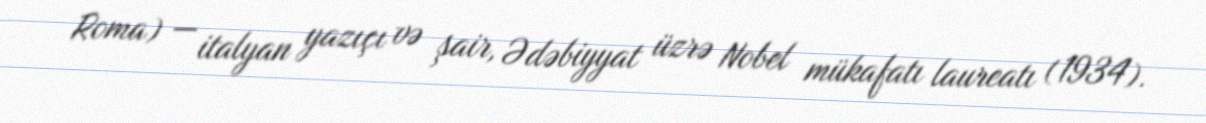
Roma) — italyan yazıçı və şair, Ədəbiyyat üzrə Nobel mükafatı laureatı (1934).